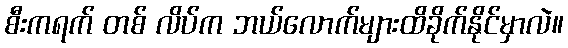
စီးကရက် တစ် လိပ်က ဘယ်လောက်များထိခိုက်နိုင်မှာလဲ။